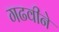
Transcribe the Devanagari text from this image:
गढवीने